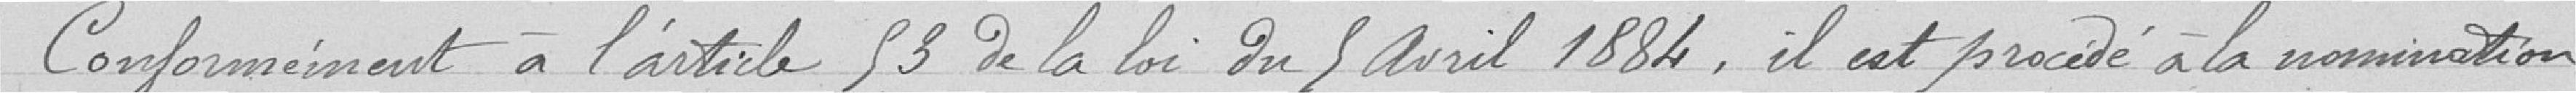
Conformément à l'article 53 de la loi du 5 avril 1884, il est procédé à la nomination